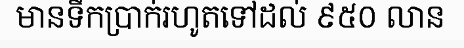
មានទឹកប្រាក់រហូតទៅដល់ ៩៥០ លាន